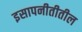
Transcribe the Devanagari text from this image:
इसापनीतीतील